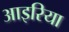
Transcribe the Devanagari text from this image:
आइरिया